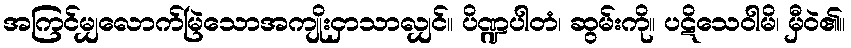
အကြင်မျှလောက်မြဲသောအကျိုးငှာသာလျှင်။ ပိဏ္ဍပါတံ၊ ဆွမ်းကို။ ပဋိသေဝါမိ၊ မှီဝဲ၏။